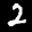
Label: 2